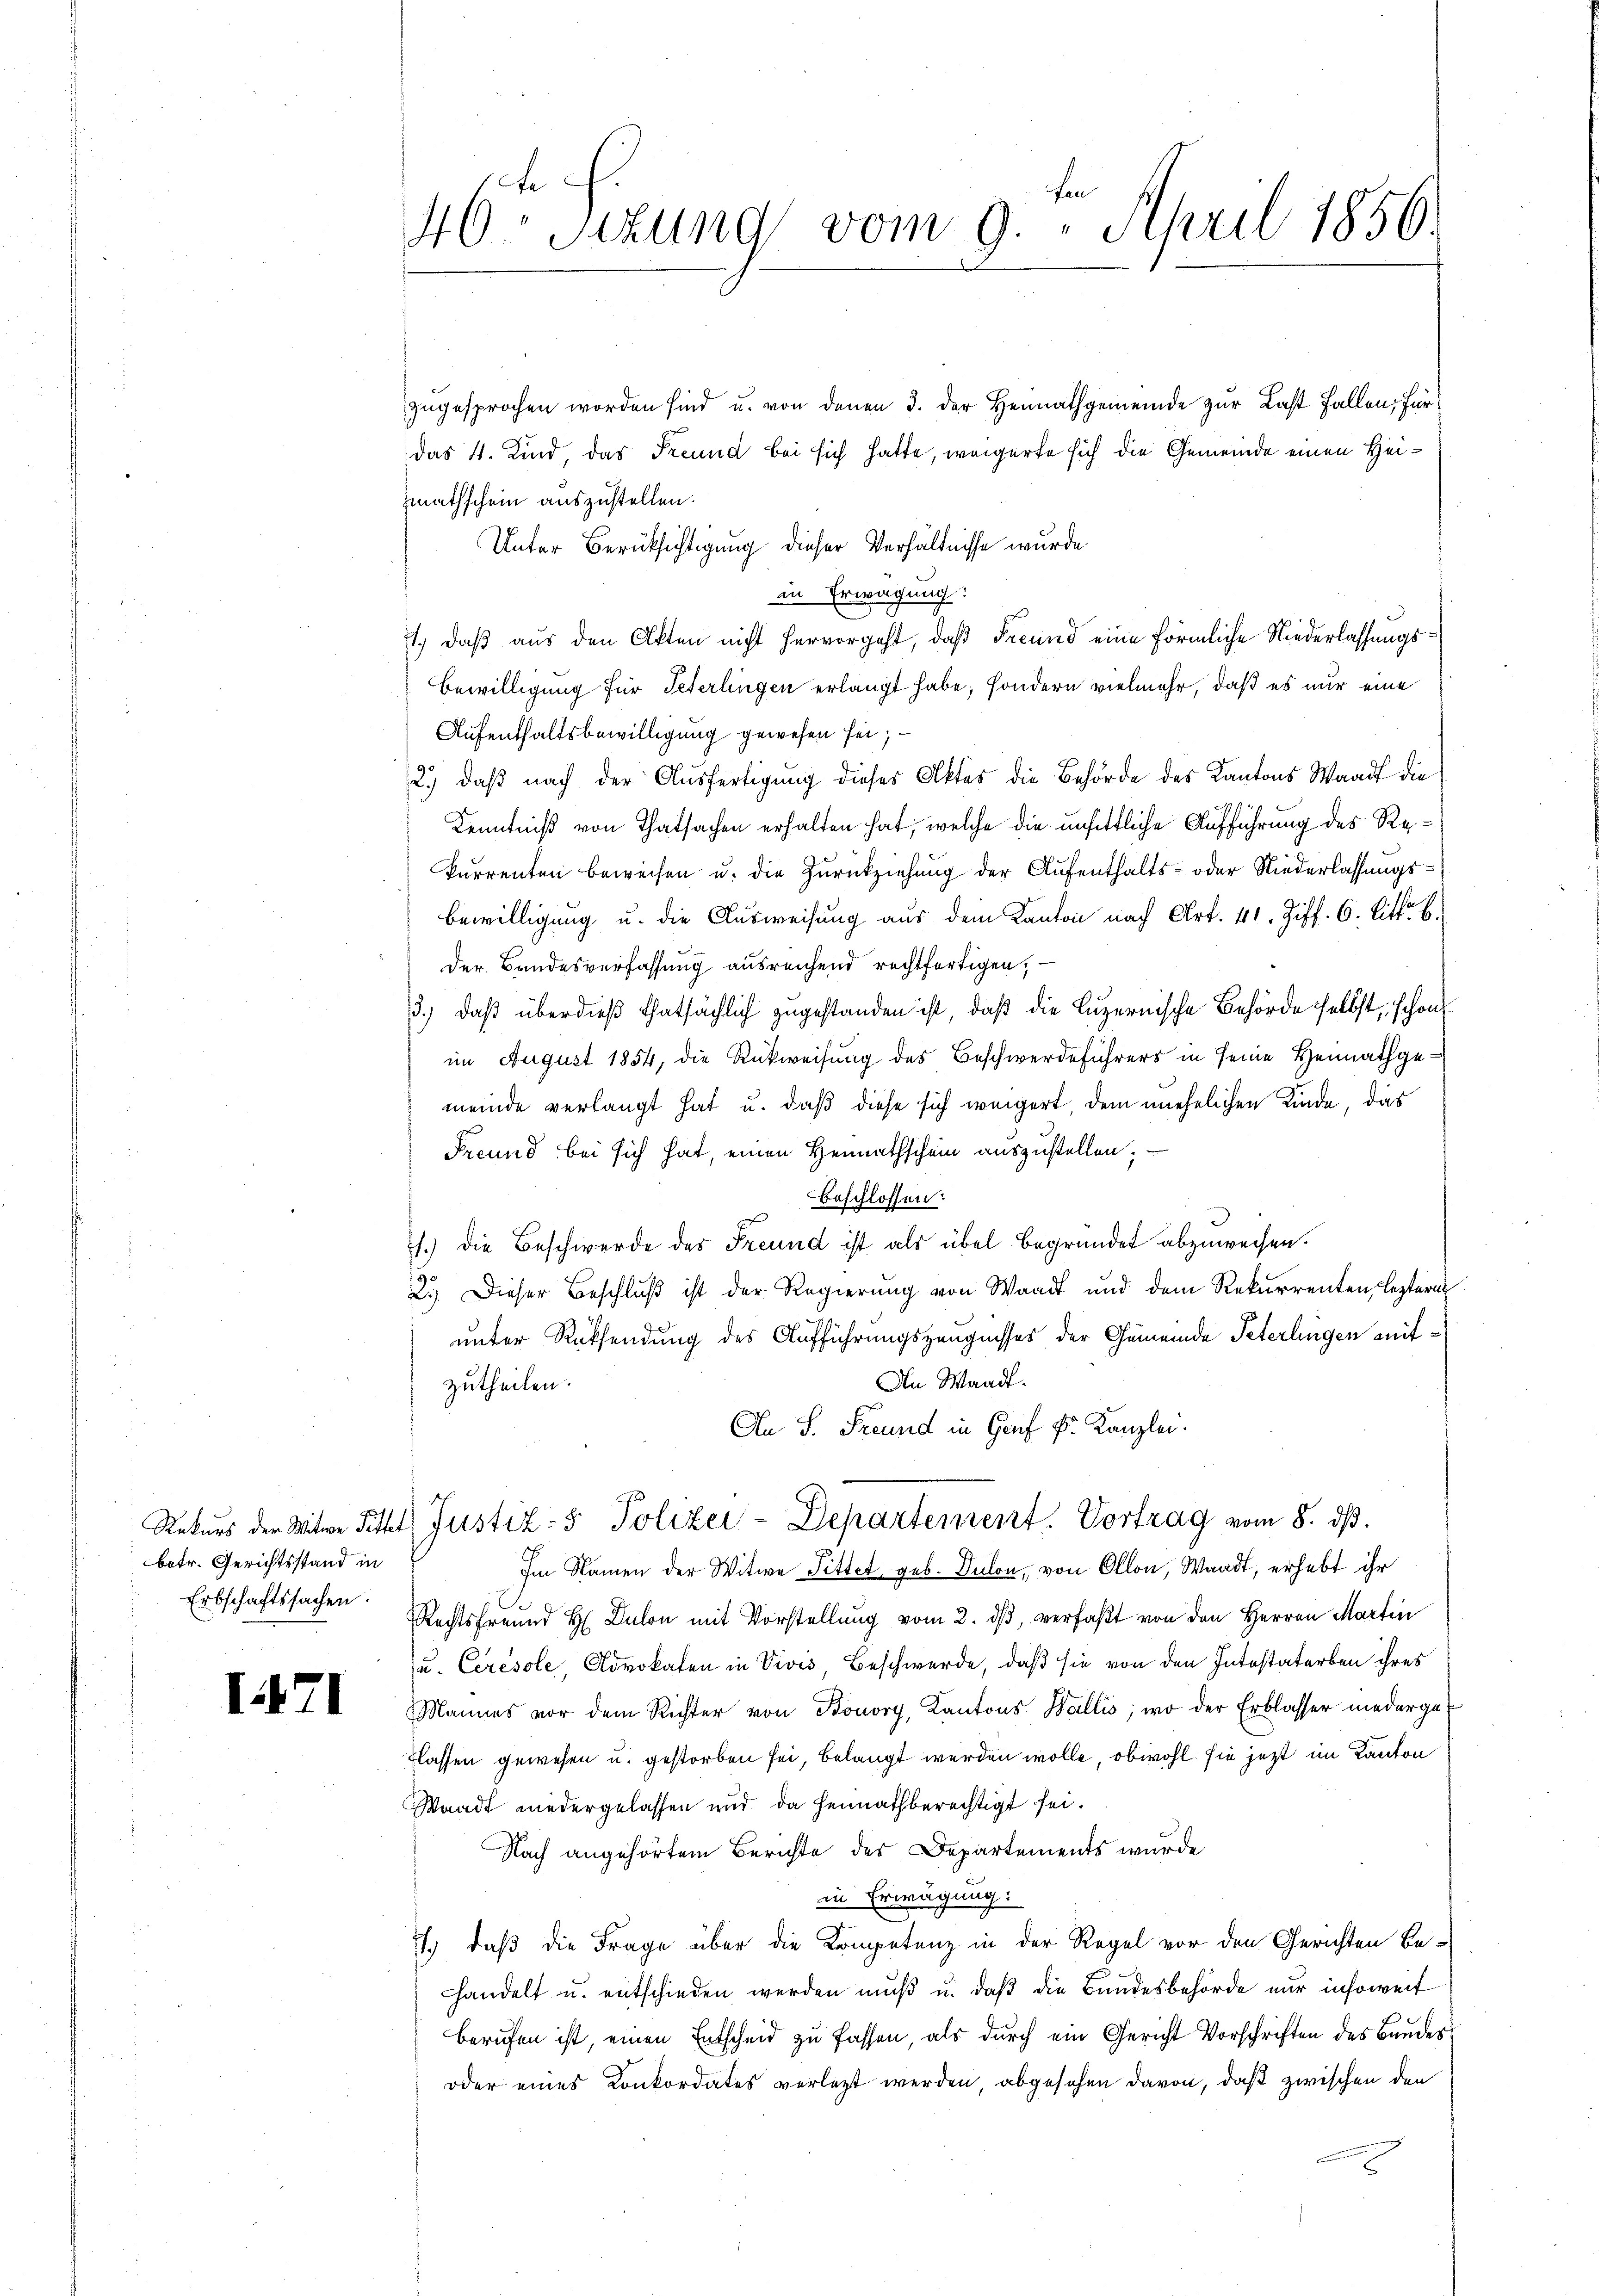
betr. Gerichtsstand in
Erbschaftssachen.

1471

zugesprochen worden sind u. von denen 3. der Heimathgemeinde zur Last fallen, für
das 4. Kind, das Freund bei sich hatte, weigerte sich die Gemeinde einen Heimathschein auszustellen.
Unter Berücksichtigung dieser Verhältnisse wurde
in Erwägung:
1.) daß aus den Akten nicht hervorgeht, daß Freund eine förmliche Niederlassungs¬
Bewilligung für Peterlingen erlangt habe, sondern vielmehr, daß es nur eine
Aufenthaltsbewilligung gewesen sei;
2.) daß nach der Ausfertigung dieses Aktes die Behörde des Kantons Waadt die
Kenntniß von Thatsachen erhalten hat, welche die unsittliche Aufführung des Rekurrenten beweisen u. die Zurückziehung der Aufenthalts- oder Niederlassungs¬
Bewilligung u. die Ausweisung aus dem Kanton nach Art. 41. Ziff. 6. Litt. b.
Der Bandesverfassung ausreichend rechtfertigen, —
3.) Daß überdieß thatsächlich zugestanden ist, daß die Luzernische Behörde selbst, schon
im August 1854, die Rückweisung des Beschwerdeführers in seine Heimathgemeinde verlangt hat u. daß diese sich weigert, dem unehelichen Kinde, das
Freund bei sich hat, einen Heimathschein auszustellen; —
beschlossen:
1.) Die Beschwerde des Freund ist als übel begründet abzuweisen.
2.) Dieser Beschlŭβ ist der Regierung von Waadt und dem Rekurrenten leztern
unter Rücksendung des Aufführungszeugnisses der Gemeinde Peterlingen mit¬
An Waadt.
zutheilen.
An S. Freund in Genf Fr. Kanzlei.
Rekŭrs der Witwe Fett Justiz- & Polizei-Departement. Vortrag vom 8. dβ.
Im Namen der Witwe Sittet geb. Dulon, von Ollon, Waadt, erhebt ihr
Rechtsfreund H. Dulon mit Vorstellung vom 2. dβ, verfaßt von den Herren Martin
u. Ceresole, Advokaten in Vivis, Beschwerde, daß sie von den Intestaterben ihres
Mannes vor dem Richter von Bonory, Kantons Wallis, wo der Erblasser niedergeflassen gewesen u. gestorben sei, belangt werden wolle, obwohl sie jetzt im Kanton
Standt niedergelassen und da heimathberechtigt sei.
Nach angehörtem Berichte des Departements wurde
in Erwägung:
1.) daß die Frage über die Kompetenz in der Regel vor den Gerichten Behandelt u. entschieden werden muß u. daß die Bundesbehörde nur insoweit
berufen ist, einen Entscheid zu fassen, als durch ein Gericht Vorschriften des Bundes
oder eines Konkordates verletzt werden, abgesehen davon, daß zwischen den

46ten Sizung vom 9. April 1856.